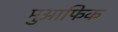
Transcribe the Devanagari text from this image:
मुआफिक